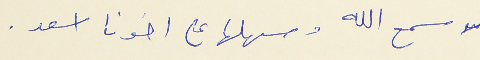
لا سمح الله وسهلها على اخونا اسعد .